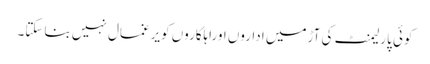
کوئی پارلیمنٹ کی آڑمیں اداروں اوراہلکاروں کویرغمال نہیں بناسکتا۔